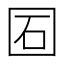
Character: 𡇈